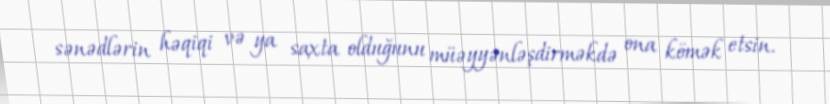
sənədlərin həqiqi və ya saxta olduğunu müəyyənləşdirməkdə ona kömək etsin.